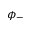
\phi _ { - }